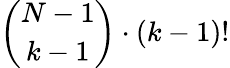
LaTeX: \binom{N-1}{k-1}\cdot{\left(k-1\right)}!